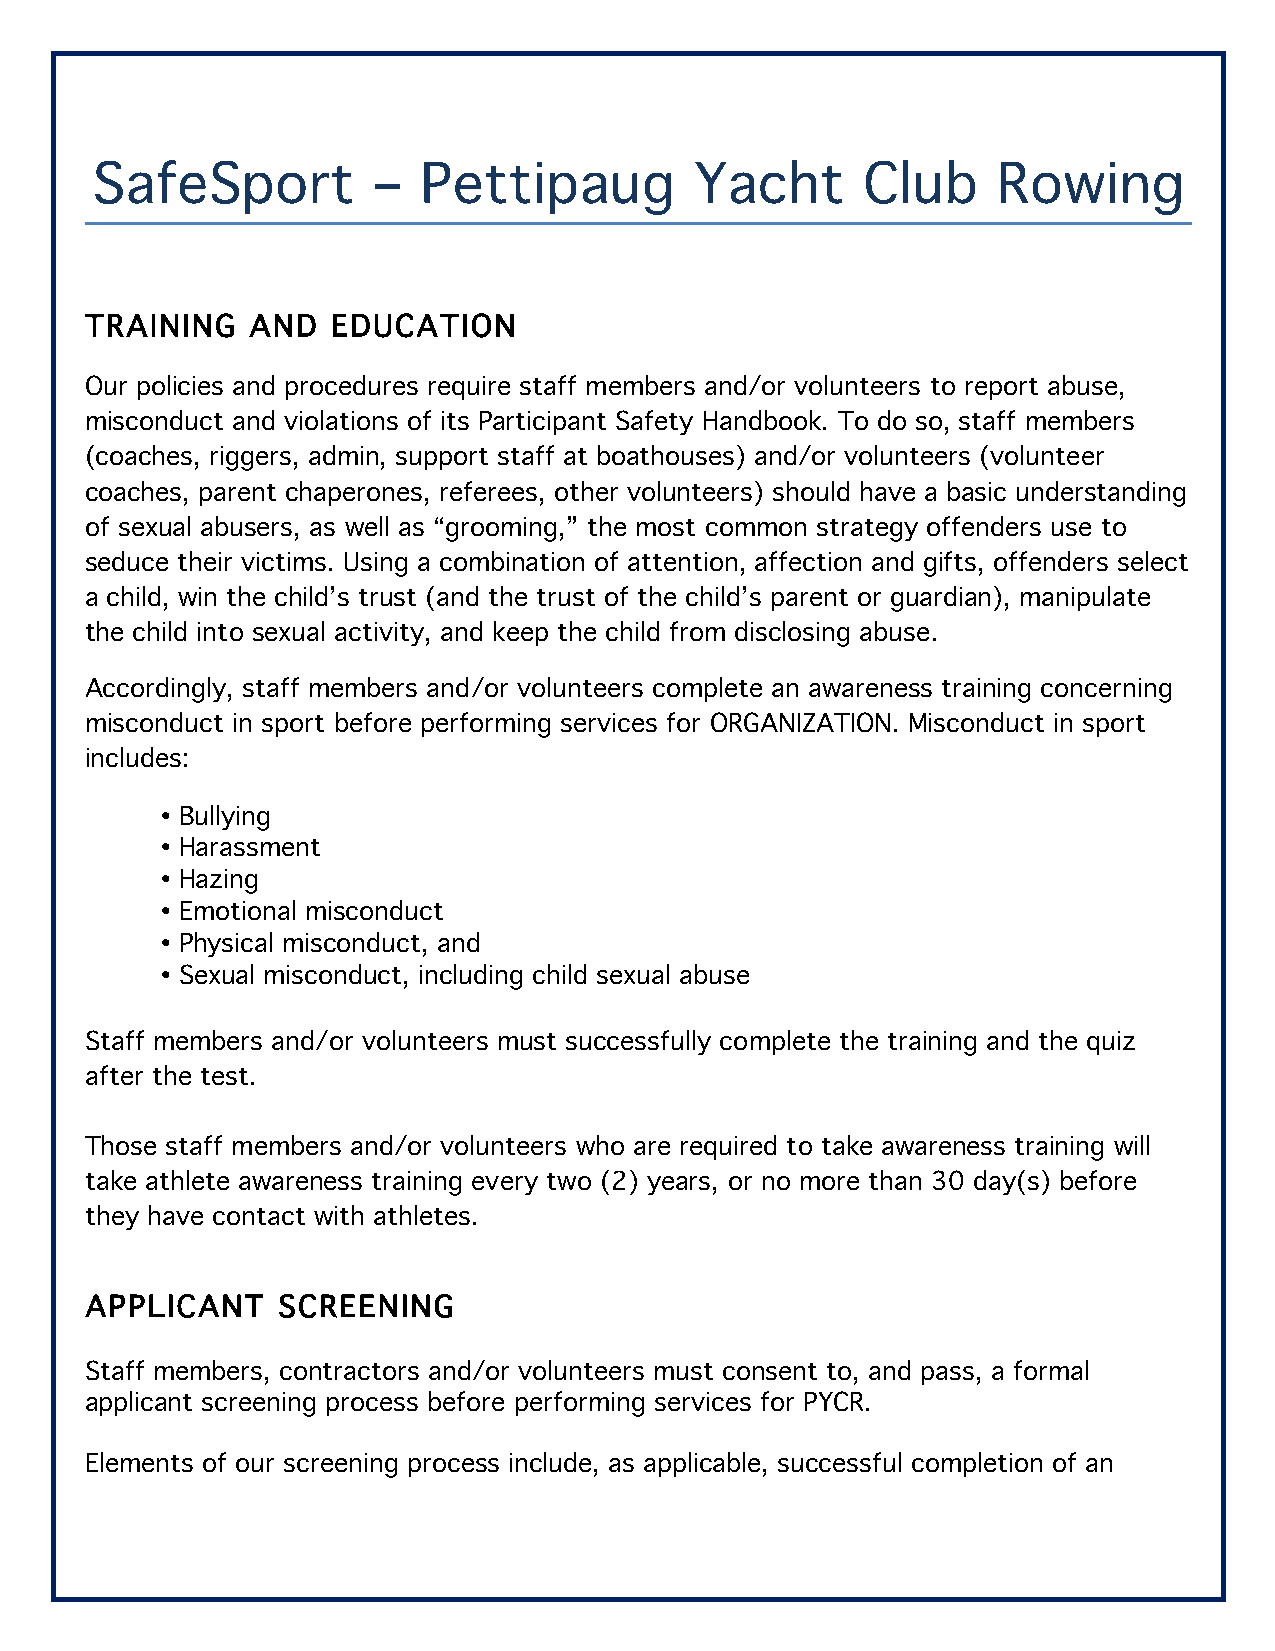
SafeSport          –  Pettipaug         Yacht      Club     Rowing
 TRAINING   AND  EDUCATION
 Our policies and procedures require staff members and/or volunteers to report abuse,
 misconduct and violations of its Participant Safety Handbook. To do so, staff members
 (coaches, riggers, admin, support staff at boathouses) and/or volunteers (volunteer
 coaches, parent chaperones, referees, other volunteers) should have a basic understanding
 of sexual abusers, as well as “grooming,” the most common strategy offenders use to
 seduce their victims. Using a combination of attention, affection and gifts, offenders select
 a child, win the child’s trust (and the trust of the child’s parent or guardian), manipulate
 the child into sexual activity, and keep the child from disclosing abuse.
 Accordingly, staff members and/or volunteers complete an awareness training concerning
 misconduct in sport before performing services for ORGANIZATION. Misconduct in sport
 includes:
 • Bullying
 • Harassment
 • Hazing
 • Emotional misconduct
 • Physical misconduct, and
 • Sexual misconduct, including child sexual abuse
 Staff members and/or volunteers must successfully complete the training and the quiz
 after the test.
 Those staff members and/or volunteers who are required to take awareness training will
 take athlete awareness training every two (2) years, or no more than 30 day(s) before
 they have contact with athletes.
 APPLICANT   SCREENING
 Staff members, contractors and/or volunteers must consent to, and pass, a formal
 applicant screening process before performing services for PYCR.
 Elements of our screening process include, as applicable, successful completion of an